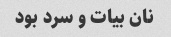
نان بیات و سرد بود